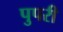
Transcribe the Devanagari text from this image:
पुपरी